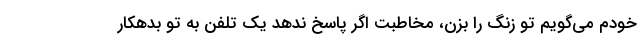
خودم می‌گویم تو زنگ را بزن، مخاطبت اگر پاسخ ندهد یک تلفن به تو بدهکار